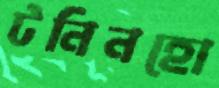
টনিনহো